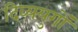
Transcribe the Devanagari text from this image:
दिव्ययुगों